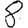
Digit: 8